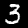
Digit: 3